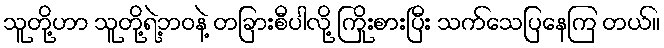
သူတို့ဟာ သူတို့ရဲ့ဘဝနဲ့ တခြားစီပါလို့ ကြိုးစားပြီး သက်သေပြနေကြ တယ်။